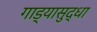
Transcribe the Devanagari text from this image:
गाड्यासुद्धा